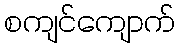
စကျင်ကျောက်